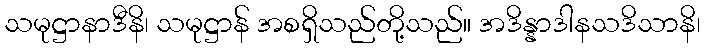
သမုဋ္ဌာနာဒီနိ၊ သမုဋ္ဌာန် အစရှိသည်တို့သည်။ အဒိန္နာဒါနသဒိသာနိ၊